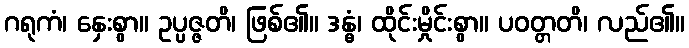
ဂရုကံ၊ နှေးစွာ။ ဥပ္ပဇ္ဇတိ၊ ဖြစ်၏။ ဒန္ဓံ၊ ထိုင်းမှိုင်းစွာ။ ပဝတ္တတိ၊ လည်၏။